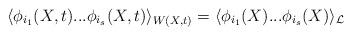
LaTeX: \begin{align*}\langle \phi_{i_1}(X,t) ... \phi_{i_s}(X,t) \rangle_{W(X,t)} =\langle \phi_{i_1}(X) ... \phi_{i_s}(X) \rangle_{\cal L}\end{align*}